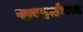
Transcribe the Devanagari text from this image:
पारदर्शकत्व